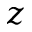
z